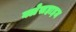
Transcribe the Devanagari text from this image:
क्लेसहाइम